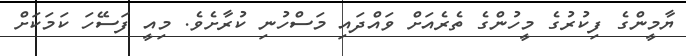
ޔާމީންގެ ފިކުރުގެ މީހުންގެ ތެރެއަށް ވައްދައި މަސްހުނި ކުރާށެވެ. މިއީ ފަސޭހަ ކަމަކަށް